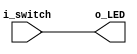
module switches_to_LEDs(
    //port section
    input [N-1:0] i_switch,
     output [N-1:0] o_LED
    );

    parameter N = 4;
    assign o_LED = i_switch;

endmodule